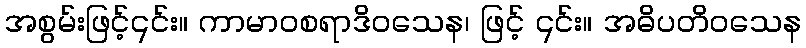
အစွမ်းဖြင့်၎င်း။ ကာမာဝစရာဒိဝသေန၊ ဖြင့် ၎င်း။ အဓိပတိဝသေန